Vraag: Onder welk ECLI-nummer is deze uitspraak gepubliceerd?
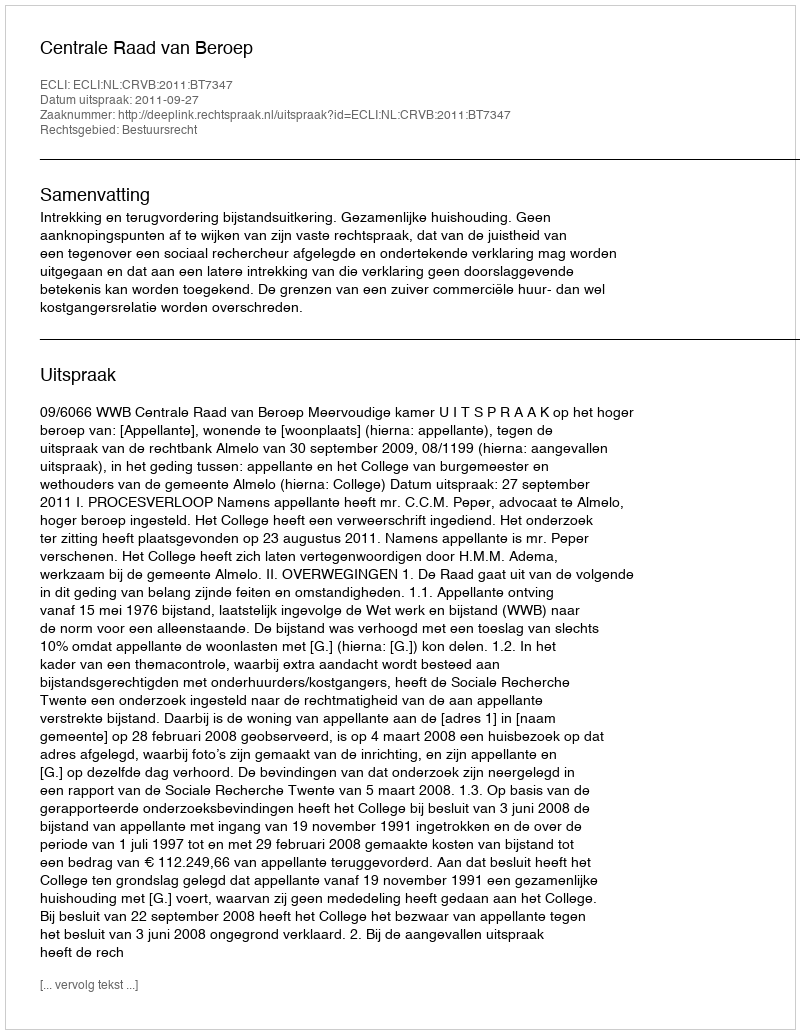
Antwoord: ECLI:NL:CRVB:2011:BT7347